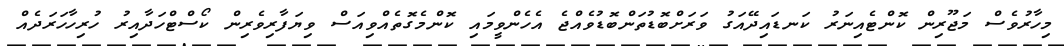
މިހާރުވެސް މަޖޫރިން ކޮންޓެއިނަރު ކަނޑައިދޭއަގު ވަރަށްބޮޑުތަންބޮޑުވެއްޖެ އެހެންވީމައި ކޮންމެގޮތެއްވިއަސް ވިޔަފާރިވެރިން ކޯސްޓްހަދާއިރު ހުރިހާހަރަދެއް